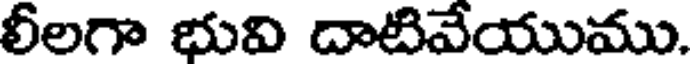
లీలగా భువి దాటివేయుము.